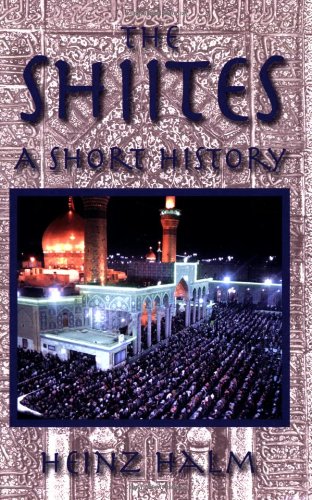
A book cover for The Shiites: A Short History (Princeton Series on the Middle East); Heinz Halm; Religion & Spirituality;